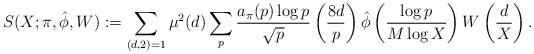
\begin{align*} S(X; \pi, \hat{\phi}, W) := \sum_{(d,2)=1}\mu^2(d)\sum_{p}\frac {a_{\pi}(p)\log p}{\sqrt {p}} \left( \frac{8d}{p} \right) \hat{\phi} \left( \frac {\log p}{M\log X}\right) W \left( \frac {d}{X} \right).\end{align*}